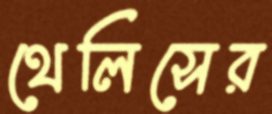
থেলিসের